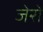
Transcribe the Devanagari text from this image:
जेरो